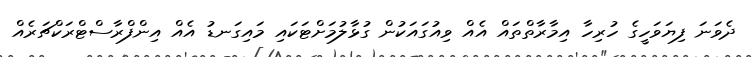
ދެވަނަ ފިޔަވަހީގެ ހުރިހާ އިމާރާތްތައް އެއް ވިއުގައަކުން ގުޅާލުމަށްޓަކައި މައިގަނޑު އެއް އިންފްރާސްޓްރަކްޗަރެއް